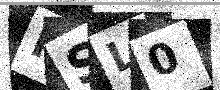
Text: FSL0